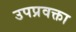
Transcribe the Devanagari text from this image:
उपप्रवक्ता